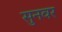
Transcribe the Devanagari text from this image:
सुनवर